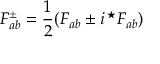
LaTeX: F _ { a b } ^ { \pm } = { \frac { 1 } { 2 } } ( F _ { a b } \pm i \, { ^ { \star } F _ { a b } } )